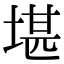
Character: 堪